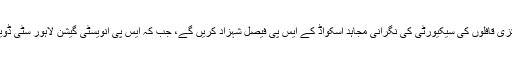
پی ایس ایل کے فائنل میں شامل ہونے والے مرکزی قافلوں کی سیکیورٹی کی نگرانی مجاہد اسکواڈ کے ایس پی فیصل شہزاد کریں گے، جب کہ ایس پی انویسٹی گیشن لاہور سٹی ڈویژن اضافی قافلوں کی سیکیورٹی کو دیکھیں گے۔